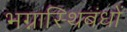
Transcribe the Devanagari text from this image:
भग्नास्थिबंधों